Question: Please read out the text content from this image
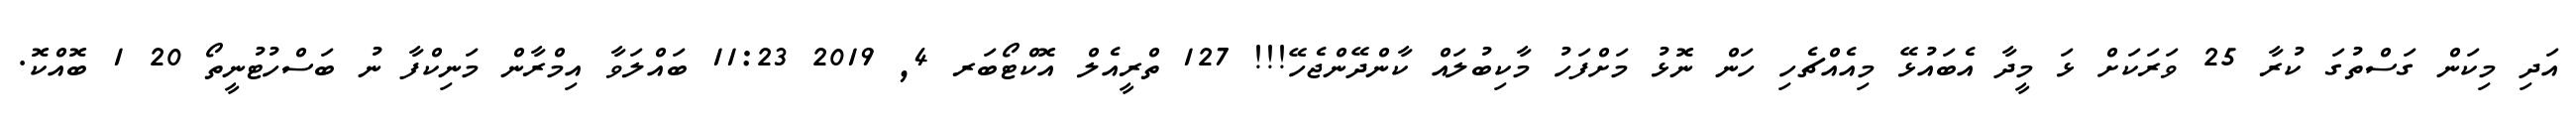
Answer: އަދި މިކަން ގަސްތުގަ ކުރާ 25 ވަރަކަށް ޅަ މީދާ އެބައުޅޭ މިއެއްޗެހި ހަން ނޮޅު މަށްފަހު މާކިބުލައް ކާންދޭންޖެހޭ!!! 127 ތްރީއެލް އޮކްޓޯބަރ 4, 2019 11:23 ބައްލަވާ އިމްރާން މަނިކްފާ ނު ބަސްހުޓުނީތޯ 20 1 ބޮއްކޮ.